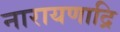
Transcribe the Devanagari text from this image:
नारायणाद्रि